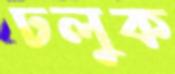
ঢলুক